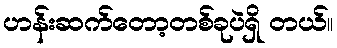
ဟန်းဆက်တော့တစ်ခုပဲရှိ တယ်။